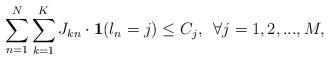
LaTeX: \begin{align*} \sum_{n=1}^N \sum_{k=1}^K J_{kn} \cdot \mathbf{1}(l_n = j) \leq C_j, \,\,\,\forall j = 1,2,...,M, \end{align*}